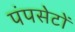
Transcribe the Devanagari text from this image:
पंपसेटों